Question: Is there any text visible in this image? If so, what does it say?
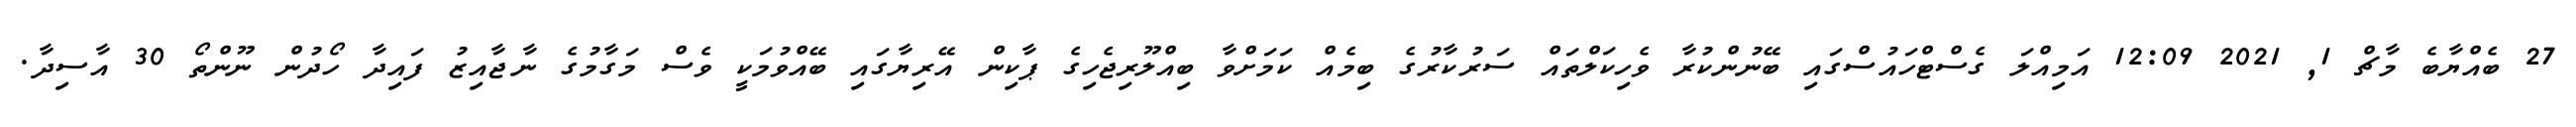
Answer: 27 ބެއްޔާބެ މާޗް 1, 2021 12:09 އަމިއްލަ ގެސްޓްހައުސްގައި ބޭނުންކުރާ ވެހިކަލްތައް ސަރުކާރުގެ ބިމެއް ކަމަށްވާ ބިއްލޫރިޖެހިގެ ޕާކިން އޭރިޔާގައި ބޭއްވުމަކީ ވެސް މަގާމުގެ ނާޖާއިޒު ފައިދާ ހޯދުން ނޫންތޯ 30 އާސިދާ.